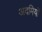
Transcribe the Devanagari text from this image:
अदमियों